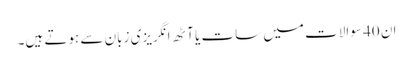
ان 40 سوالات میں سات یا آٹھ انگریزی زبان سے ہوتے ہیں۔